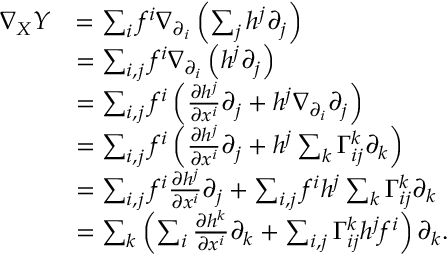
\begin{array} { r l } { \nabla _ { X } Y } & { = \sum _ { i } f ^ { i } \nabla _ { \partial _ { i } } \left( \sum _ { j } h ^ { j } \partial _ { j } \right) } \\ & { = \sum _ { i , j } f ^ { i } \nabla _ { \partial _ { i } } \left( h ^ { j } \partial _ { j } \right) } \\ & { = \sum _ { i , j } f ^ { i } \left( \frac { \partial h ^ { j } } { \partial x ^ { i } } \partial _ { j } + h ^ { j } \nabla _ { \partial _ { i } } \partial _ { j } \right) } \\ & { = \sum _ { i , j } f ^ { i } \left( \frac { \partial h ^ { j } } { \partial x ^ { i } } \partial _ { j } + h ^ { j } \sum _ { k } \Gamma _ { i j } ^ { k } \partial _ { k } \right) } \\ & { = \sum _ { i , j } f ^ { i } \frac { \partial h ^ { j } } { \partial x ^ { i } } \partial _ { j } + \sum _ { i , j } f ^ { i } h ^ { j } \sum _ { k } \Gamma _ { i j } ^ { k } \partial _ { k } } \\ & { = \sum _ { k } \left( \sum _ { i } \frac { \partial h ^ { k } } { \partial x ^ { i } } \partial _ { k } + \sum _ { i , j } \Gamma _ { i j } ^ { k } h ^ { j } f ^ { i } \right) \partial _ { k } . } \end{array}